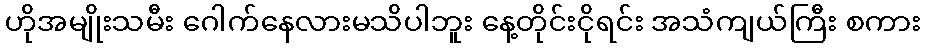
ဟိုအမျိုးသမီး ဂေါက်နေလားမသိပါဘူး နေ့တိုင်းငိုရင်း အသံကျယ်ကြီး စကား